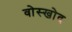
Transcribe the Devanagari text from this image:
वोस्खोद